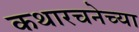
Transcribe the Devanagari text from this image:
कथारचनेच्या